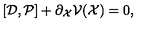
[ { \cal D } , { \cal P } ] + \partial _ { \cal X } { \cal V } ( { \cal X } ) = 0 ,